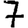
Digit: 7